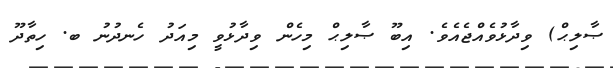
ޞާލިޙް) ވިދާޅުވެއްޖެއެވެ. އިބޫ ޞާލިޙް މިހެން ވިދާޅުވީ މިއަދު ހެނދުނު ބ. ހިތާދޫ